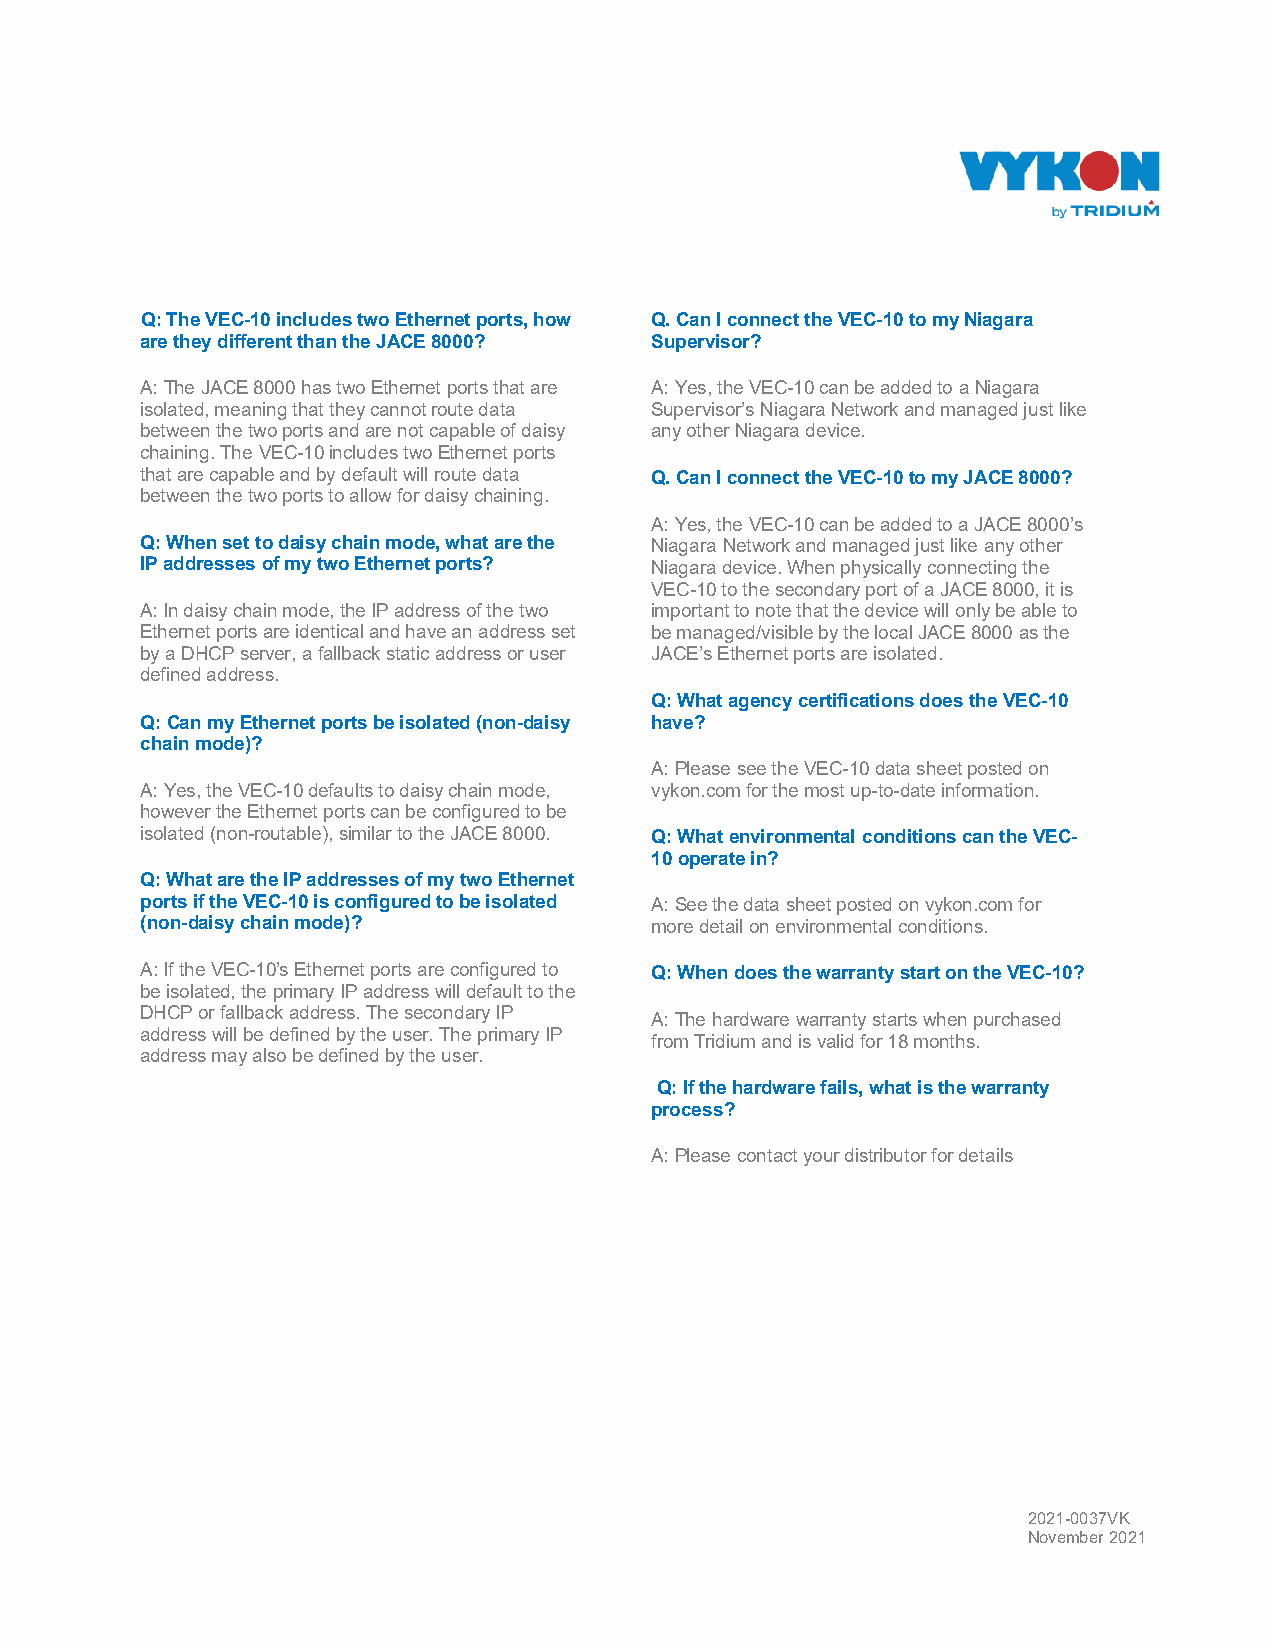
Q: The VEC-10 includes two Ethernet ports, how Q. Can I connect the VEC-10 to my Niagara
 are they different than the JACE 8000? Supervisor?
 A: The JACE 8000 has two Ethernet ports that are A: Yes, the VEC-10 can be added to a Niagara
 isolated, meaning that they cannot route data Supervisor’s Niagara Network and managed just like
 between the two ports and are not capable of daisy any other Niagara device.
 chaining. The VEC-10 includes two Ethernet ports
 that are capable and by default will route data Q. Can I connect the VEC-10 to my JACE 8000?
 between the two ports to allow for daisy chaining.
 A: Yes, the VEC-10 can be added to a JACE 8000’s
 Q: When set to daisy chain mode, what are the Niagara Network and managed just like any other
 IP addresses of my two Ethernet ports? Niagara device. When physically connecting the
 VEC-10 to the secondary port of a JACE 8000, it is
 A: In daisy chain mode, the IP address of the two important to note that the device will only be able to
 Ethernet ports are identical and have an address set be managed/visible by the local JACE 8000 as the
 by a DHCP server, a fallback static address or user JACE’s Ethernet ports are isolated.
 defined address.
 Q: What agency certifications does the VEC-10
 Q: Can my Ethernet ports be isolated (non-daisy have?
 chain mode)?
 A: Please see the VEC-10 data sheet posted on
 A: Yes, the VEC-10 defaults to daisy chain mode, vykon.com for the most up-to-date information.
 however the Ethernet ports can be configured to be
 isolated (non-routable), similar to the JACE 8000. Q: What environmental conditions can the VEC-
 10 operate in?
 Q: What are the IP addresses of my two Ethernet
 ports if the VEC-10 is configured to be isolated A: See the data sheet posted on vykon.com for
 (non-daisy chain mode)?           more detail on environmental conditions.
 A: If the VEC-10’s Ethernet ports are configured to Q: When does the warranty start on the VEC-10?
 be isolated, the primary IP address will default to the
 DHCP or fallback address. The secondary IP
 A: The hardware warranty starts when purchased
 address will be defined by the user. The primary IP
 from Tridium and is valid for 18 months.
 address may also be defined by the user.
 Q: If the hardware fails, what is the warranty
 process?
 A: Please contact your distributor for details
 2021-0037VK
 November 2021